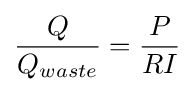
{\frac {Q}{Q_{waste}}}={\frac {P}{RI}}